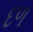
દળ